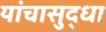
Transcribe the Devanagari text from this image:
यांचासुद्धा